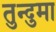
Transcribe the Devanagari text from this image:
तुन्दुमा